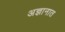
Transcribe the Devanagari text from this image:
अज्ञानात